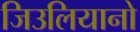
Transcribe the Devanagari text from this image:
जिउलियानो